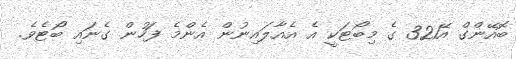
ބޮއޭންގް އޭ321 ގެ މިބޯޓަކީ އެ އެއާލައިނުން އެންމެ ފަހުން ގެނައި ބޯޓެވެ.